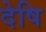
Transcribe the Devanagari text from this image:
देषि